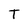
Character: T